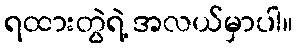
ရထားတွဲရဲ့ အလယ်မှာပါ။